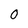
Character: 0